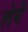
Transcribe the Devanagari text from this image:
लेयँ